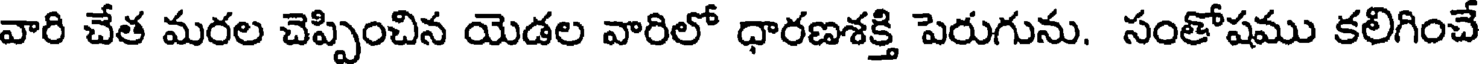
వారి చేత మరల చెప్పించిన యెడల వారిలో ధారణశక్తి పెరుగును. సంతోషము కలిగించే